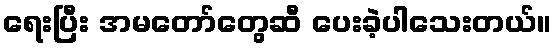
ရေးပြီး အမတော်တွေဆီ ပေးခဲ့ပါသေးတယ်။